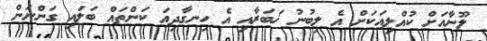
ލޫނާއަށް ކުއްލިއަކަށް އެ ލިބުނު ޚަބަރާއި އެ ހިނގާދިއަ ކަންތައް ބަލައި ގަންނަން